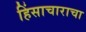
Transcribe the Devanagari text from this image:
हिंसाचाराचा